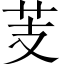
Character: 芰